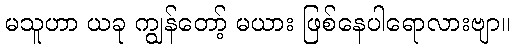
မသူဟာ ယခု ကျွန်တော့် မယား ဖြစ်နေပါရောလားဗျာ။